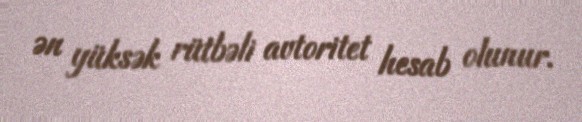
ən yüksək rütbəli avtoritet hesab olunur.